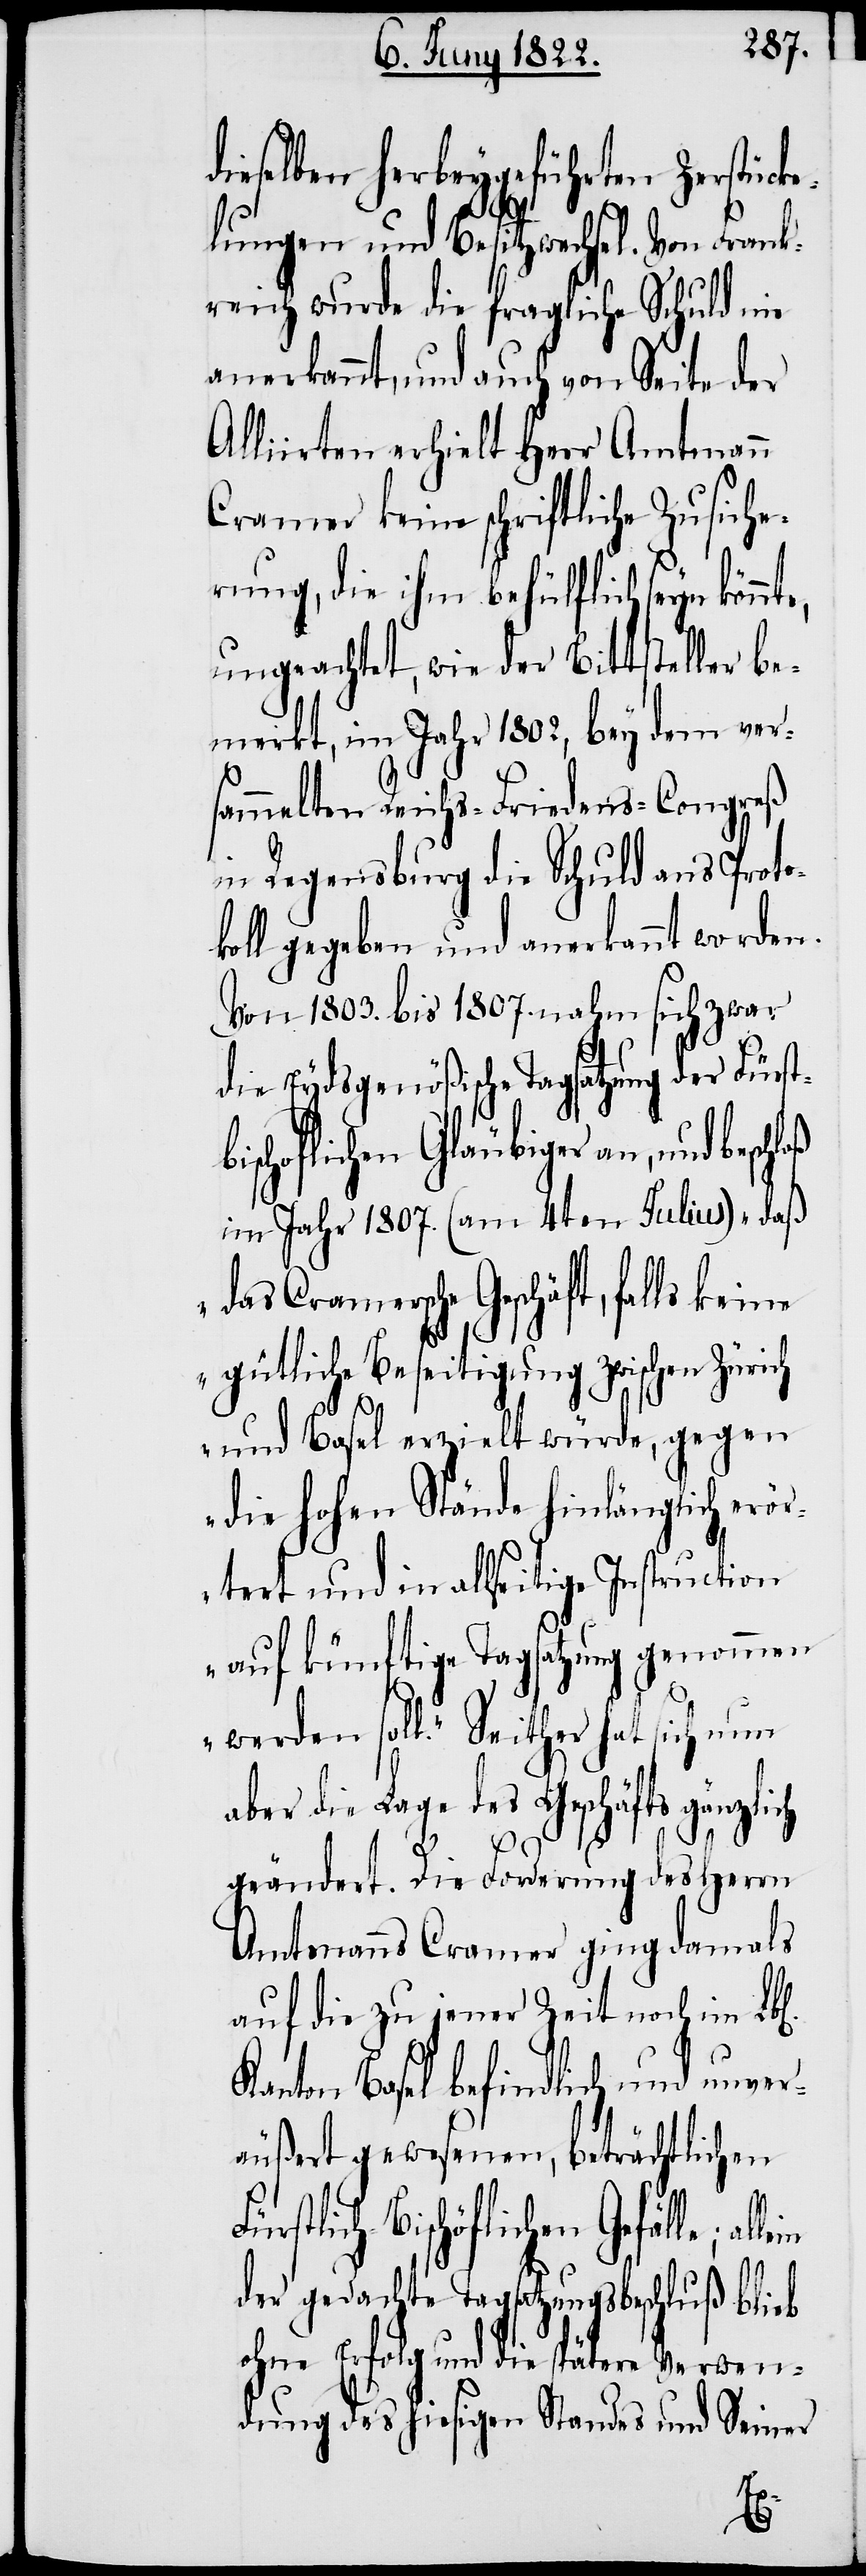
ieselben herbeygeführten Zerstück¬
elungen und Besitzwechsel. Von Frank¬
reich wurde die fragliche Schuld nie
anerkannt, und auch von Seite der
Alliirten erhielt Herr Amtmann
Cramer keine schriftliche Zusiche¬
rung, die ihm behülflich seyn könnt¬
ungeachtet, wie der Bittsteller be¬
merkt, im Jahr 1802, bey dem ver¬
sammelten Reichs-Friedens-Congreß
in Regensburg die Schuld aus Proto¬
koll gegeben und anerkannt worden.
Von 1803. bis 1807. nahm sich zwar
die Eydsgenößische Tagsatzung der Fürst¬
bischoflichen Gläubiger an, und beschl¬
im Jahr 1807. (am 4ten Julius) „daß
das Cramersche Geschäft, falls keine
gütliche Beseitigung zwischen Zürich
und Basel erzielt würde, gegen
die hohen Stände hinlänglich erör¬
tert und in allseitige Instruction
auf künftige Tagsatzung genommen
werden soll.“ Seither hat sich nun
aber die Lage des Geschäfts gänzlich
Fü¬
geändert. Die Forderung des Herrn
Amtsmanns Cramer ging damals
auf die zu jener Zeit noch im
Kanton Basel befindlich und unver¬
äußert gewesenen, beträchtlichen
rstlich-Bischöflichen Gefälle;
der gedachte Tagsatzungsbeschluß blieb
ohne Erfolg und die spätere Verwen¬
dung des hiesigen Standes und Seiner